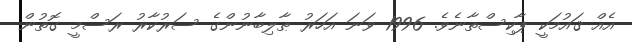
އެއް ޤައުމަކީ ޕާކިސްތާނެވެ. 1996 ވަނަ އަހަރު ޠާލިބާނުންގެ ސަރުކާރު ރަސްމީ ގޮތުން